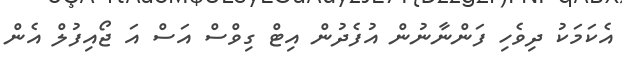
އެކަމަކު ދިވެހި ފަންނާނުން އުފެދުން އިޓް ގިވްސް އަސް އަ ޖޯއިފުލް އެން